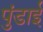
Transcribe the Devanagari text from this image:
पुंडाई